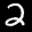
Label: 2